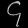
Digit: ၄